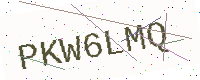
Text: PKW6LMQ